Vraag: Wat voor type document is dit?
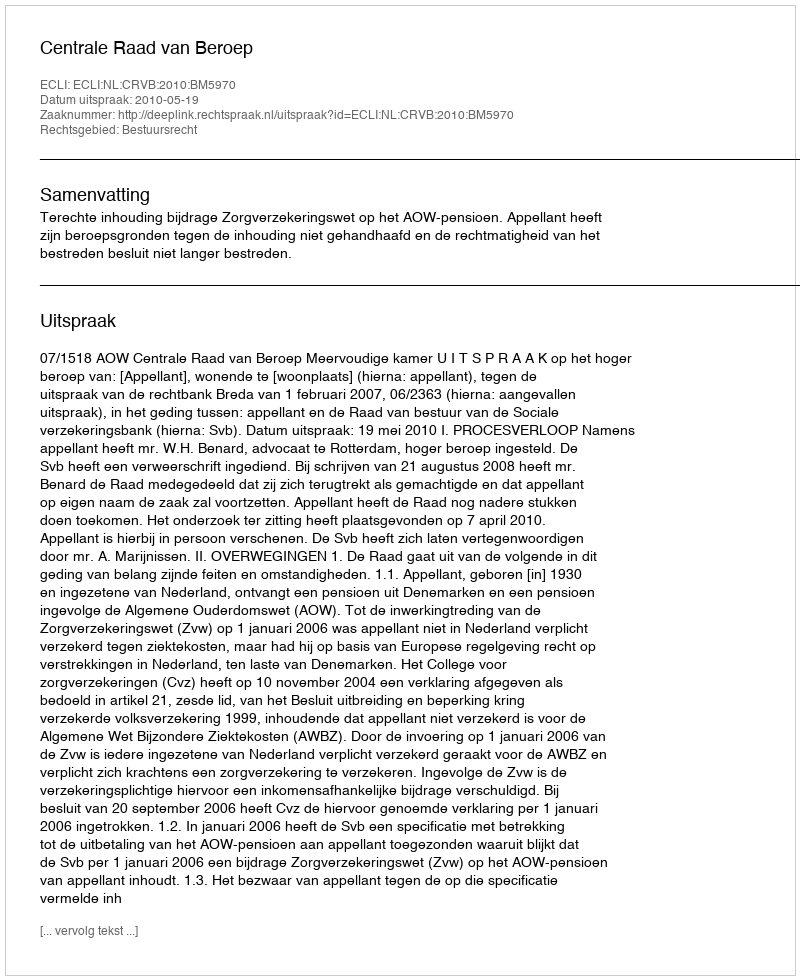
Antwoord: Uitspraak